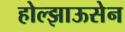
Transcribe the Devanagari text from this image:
होल्झाऊसेन